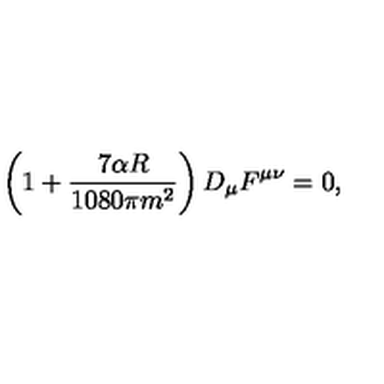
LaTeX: \left( 1 + \frac { 7 \alpha R } { 1 0 8 0 \pi m ^ { 2 } } \right) D _ { \mu } F ^ { \mu \nu } = 0 ,